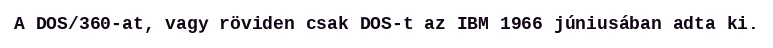
A DOS/360-at, vagy röviden csak DOS-t az IBM 1966 júniusában adta ki.